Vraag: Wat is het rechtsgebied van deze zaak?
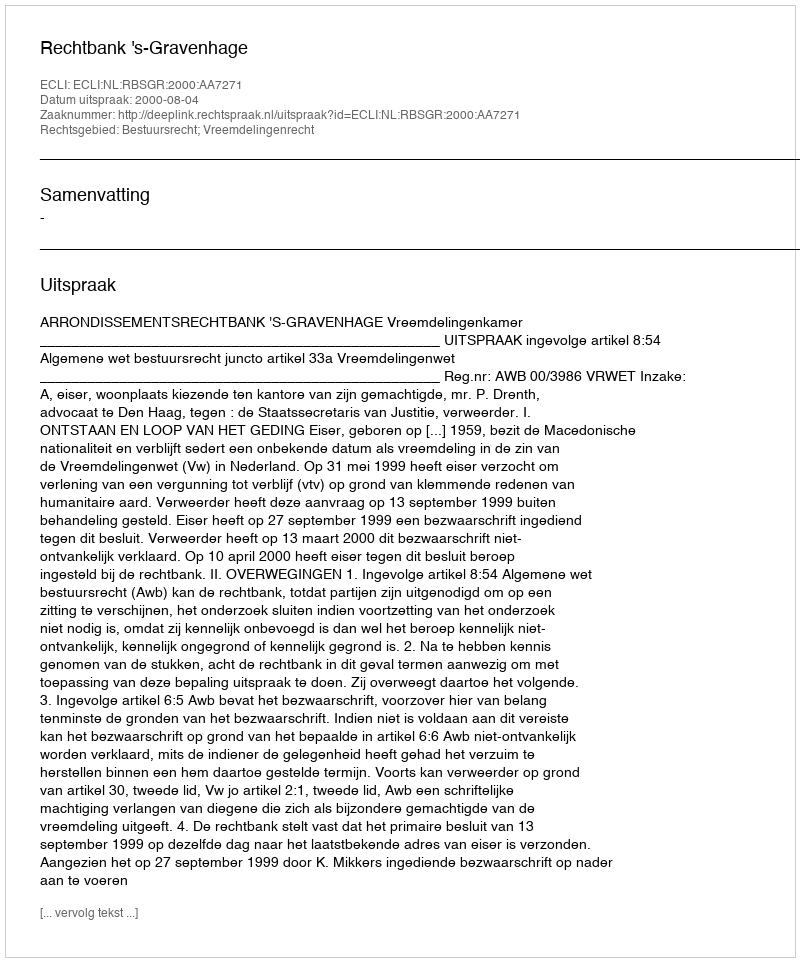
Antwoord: Bestuursrecht; Vreemdelingenrecht